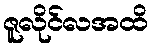
ဇူလိုင်လအထိ